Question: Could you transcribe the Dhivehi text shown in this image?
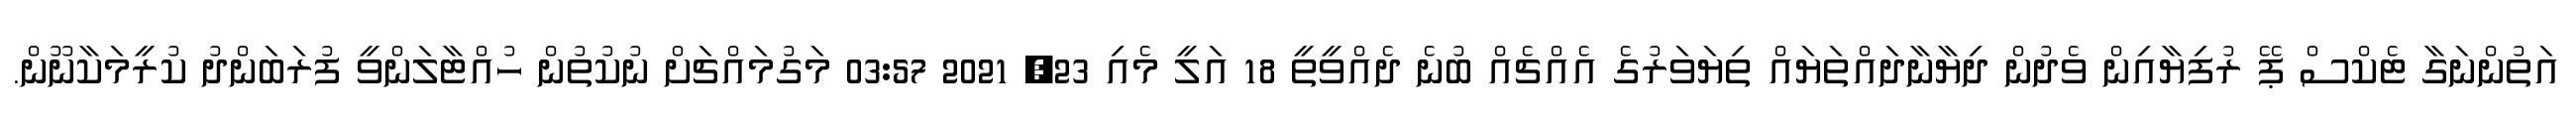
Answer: އަތުންނަގާ ޓެކްސް ޕޭ ރުފިޔާއިން ވެދުން ދިޔާނާދައްތަޔައް ތިޔަވަރުގެ އެއްޗެއް ބުނެ ދެއްވީތީ 18 އަލީ މެއި 23, 2021 03:57 މަގުމައްޗަށް ނުކުތުން ހުއްޓާލަންވީ ފުރަބަންދު ކުރީމަކާނޫން.